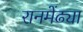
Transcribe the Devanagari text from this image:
रानमेंढ्या